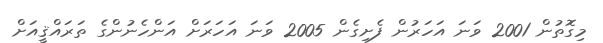
މިގޮތުން 2001 ވަނަ އަހަރުން ފެށިގެން 2005 ވަނަ އަހަރަށް އަންހެނުންގެ ތަރައްޤީއަށް